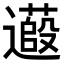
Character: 𬩞